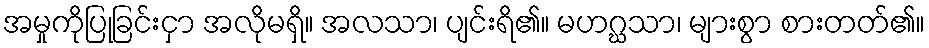
အမှုကိုပြုခြင်းငှာ အလိုမရှိ။ အလသာ၊ ပျင်းရိ၏။ မဟဂ္ဃသာ၊ များစွာ စားတတ်၏။